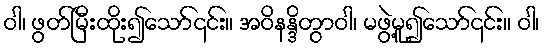
ဝါ၊ ဖွတ်မြီးထိုး၍သော်၎င်း။ အဝိနန္ဒိတွာဝါ၊ မဖွဲ့မူ၍သော်၎င်း။ ဝါ၊